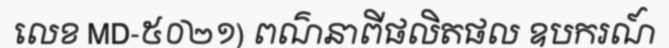
លេខ MD-៥០២១) ពណ៌នាពីផលិតផល ឧបករណ៍